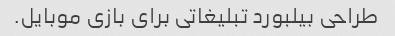
طراحی بیلبورد تبلیغاتی برای بازی موبایل.